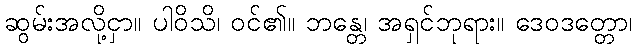
ဆွမ်းအလို့ငှာ။ ပါဝိသိ၊ ဝင်၏။ ဘန္တေ၊ အရှင်ဘုရား။ ဒေဝဒတ္တော၊